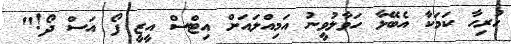
ހުރިހާ ކަމަކާ އެބޭޅާ ހަވާލުވީނު އަމިއްލައަށް އިޓްސް އީޒީ ފޯ އަސް ދޯ!"